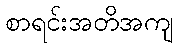
စာရင်းအတိအကျ